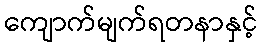
ကျောက်မျက်ရတနာနှင့်